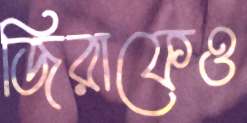
জিরাফেও